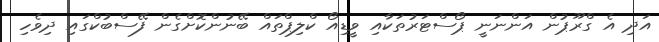
އަދި އެ ގްރޫޕުން އަންނަނީ ޕޯސްޓަރުތަކާއި ވީޑިއޯ ކްލިޕްތައް ބޭނުންކޮށްގެން ފޭސްބުކްގައި ދިވެހި